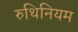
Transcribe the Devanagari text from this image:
रुथिनियम